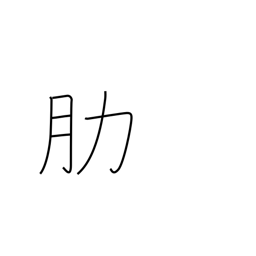
Meaning: rib